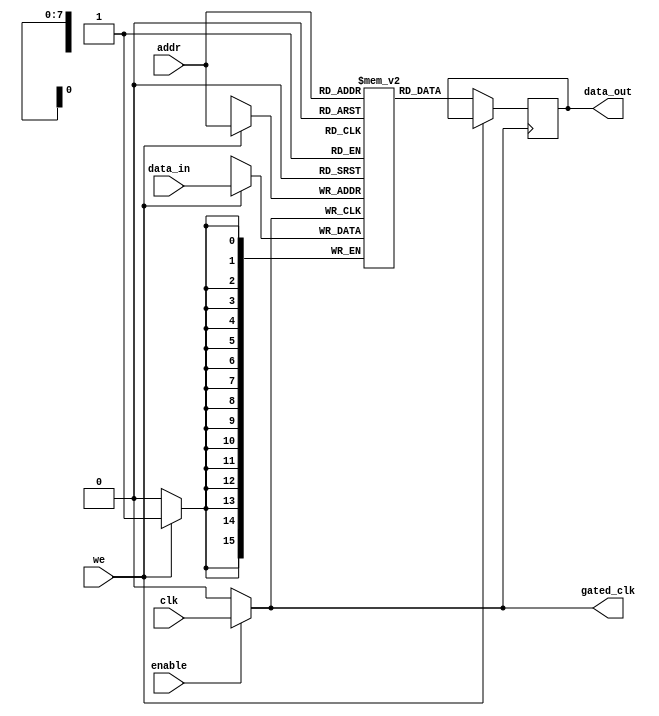
module MemoryBlock(
    input wire clk,            // Original clock signal
    input wire enable,         // Enable signal for clock gating
    input wire [7:0] addr,     // Address input
    input wire [15:0] data_in, // Data input for write operation
    input wire we,             // Write enable signal
    output reg [15:0] data_out, // Data output for read operation
    output wire gated_clk      // Gated clock output
);

    // Memory parameters
    parameter MEM_SIZE = 256;  // Memory size (number of entries)
    reg [15:0] memory_array [0:MEM_SIZE-1]; // Memory array

    // Clock gating logic
    assign gated_clk = enable ? clk : 1'b0; // Gated clock output

    // Synchronous memory operation
    always @(posedge gated_clk) begin
        if (we) begin
            // Write data to memory
            memory_array[addr] <= data_in;
        end
        else begin
            // Read data from memory
            data_out <= memory_array[addr];
        end
    end

endmodule